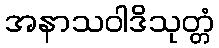
အနာသဝါဒိသုတ္တံ